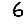
Digit: 6